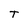
Character: T